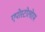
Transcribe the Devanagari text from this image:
एपोस्टोलोरम